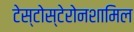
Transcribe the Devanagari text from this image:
टेस्टोस्टेरोनशामिल